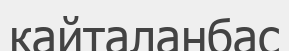
кайталанбас